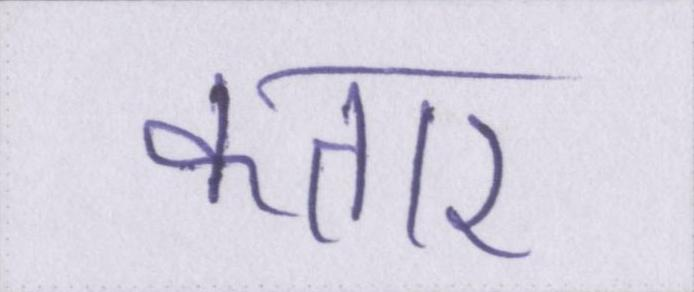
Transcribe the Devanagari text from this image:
कतार